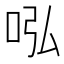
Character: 𠰈